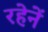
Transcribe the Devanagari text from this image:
रहेनें